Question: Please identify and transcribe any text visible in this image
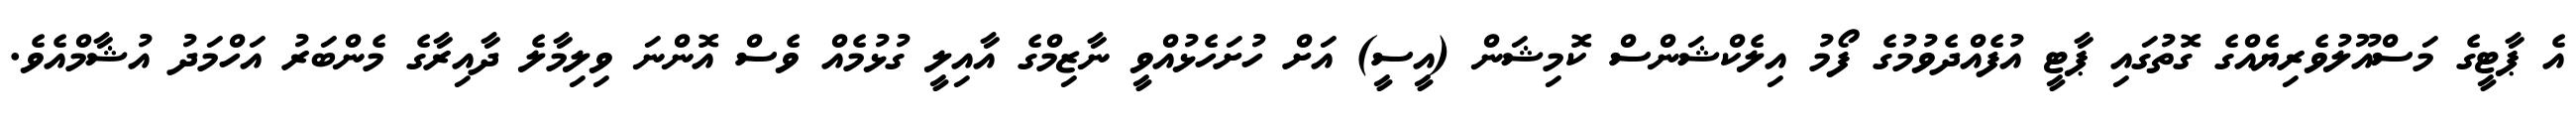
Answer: އެ ޕާޓީގެ މަސްއޫލުވެރިޔެއްގެ ގޮތުގައި ޕާޓީ އުފެއްދެވުމުގެ ފޯމު އިލެކްޝަންސް ކޮމިޝަން (އީސީ) އަށް ހުށަހެޅުއްވީ ނާޒިމްގެ އާއިލީ ގުޅުމެއް ވެސް އޮންނަ ވިލިމާލެ ދާއިރާގެ މެންބަރު އަހްމަދު އުޝާމްއެވެ.